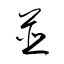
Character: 並